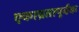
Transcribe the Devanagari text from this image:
एकाग्रतापूर्वक